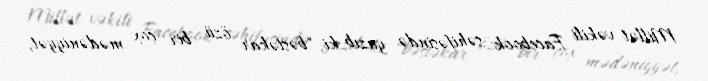
Millət vəkili Facebook səhifəsində yazıb ki, "bəstəkar özü bir çox mədəniyyət,